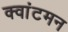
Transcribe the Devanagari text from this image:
क्वांटमन